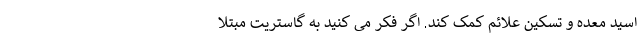
اسید معده و تسکین علائم کمک کند. اگر فکر می کنید به گاستریت مبتلا